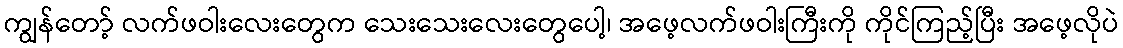
ကျွန်တော့် လက်ဖဝါးလေးတွေက သေးသေးလေးတွေပေါ့၊ အဖေ့လက်ဖဝါးကြီးကို ကိုင်ကြည့်ပြီး အဖေ့လိုပဲ